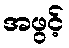
အဖွင့်